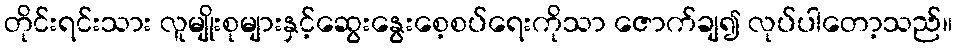
တိုင်းရင်းသား လူမျိုးစုများနှင့်ဆွေးနွေးစေ့စပ်ရေးကိုသာ ဇောက်ချ၍ လုပ်ပါတော့သည်။